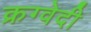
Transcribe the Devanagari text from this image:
क्रग्वेदी